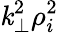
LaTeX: \mathit{k}_{\perp}^{2}\rho_{i}^{2}